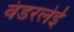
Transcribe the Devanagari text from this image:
वंडरलेई